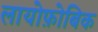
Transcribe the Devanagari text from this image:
लायोफ़ोबिक